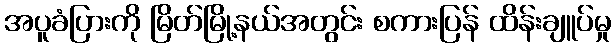
အပူခံပြားကို မြိတ်မြို့နယ်အတွင်း စကားပြန် ထိန်းချူပ်မှု